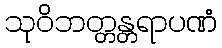
သုဝိဘတ္တန္တရာပဏံ